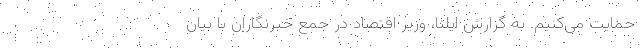
حمایت می‌کنیم. به گزارش ایلنا، وزیر اقتصاد در جمع خبرنگاران با بیان